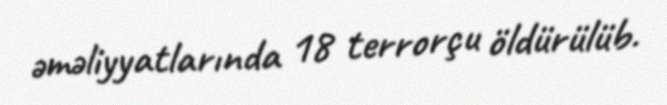
əməliyyatlarında 18 terrorçu öldürülüb.